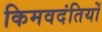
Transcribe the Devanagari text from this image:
किमवदंतियों